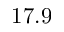
1 7 . 9